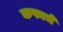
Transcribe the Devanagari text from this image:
कफाचे